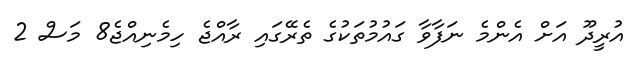
އުރީދޫ އަށް އެންމެ ނަފާވާ ގައުމުތަކުގެ ތެރޭގައި ރާއްޖެ ހިމެނިއްޖެ8 މަސް 2